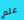
علم